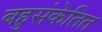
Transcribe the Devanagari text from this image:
बहुसंकेतित